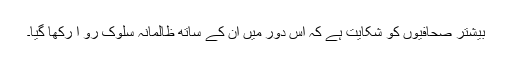
بیشتر صحافیوں کو شکایت ہے کہ اس دور میں ان کے ساتھ ظالمانہ سلوک رو ا رکھا گیا۔